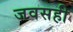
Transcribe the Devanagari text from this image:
जवसही